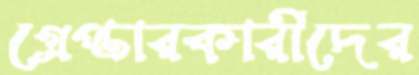
গ্রেপ্তারকারীদের